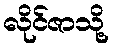
လိုင်ဇာသို့